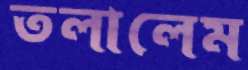
তলালেম